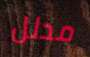
مدلل